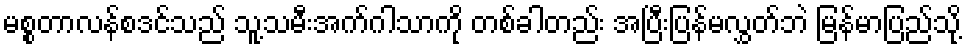
မစ္စတာလန်စဒင်သည် သူ့သမီးအက်ဂါသာကို တစ်ခါတည်း အပြီးပြန်မလွှတ်ဘဲ မြန်မာပြည်သို့